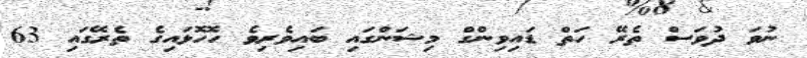
ނުވަ ދުވަސް ތެރޭ ހަތް ޑައިވިންގް މިޝަންގައި ބައިވެރިވެ ހޮހޮޅައިގެ ތެރޭގައި 63